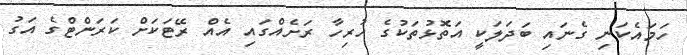
ހަމައެކަނި ގެނައި ބަދަލަކީ އަތޮޅުތަކުގެ ހުރިހާ ރަށެއްގައި އެއް ރޭޓަކަށް ކަރަންޓްގެ އަގު